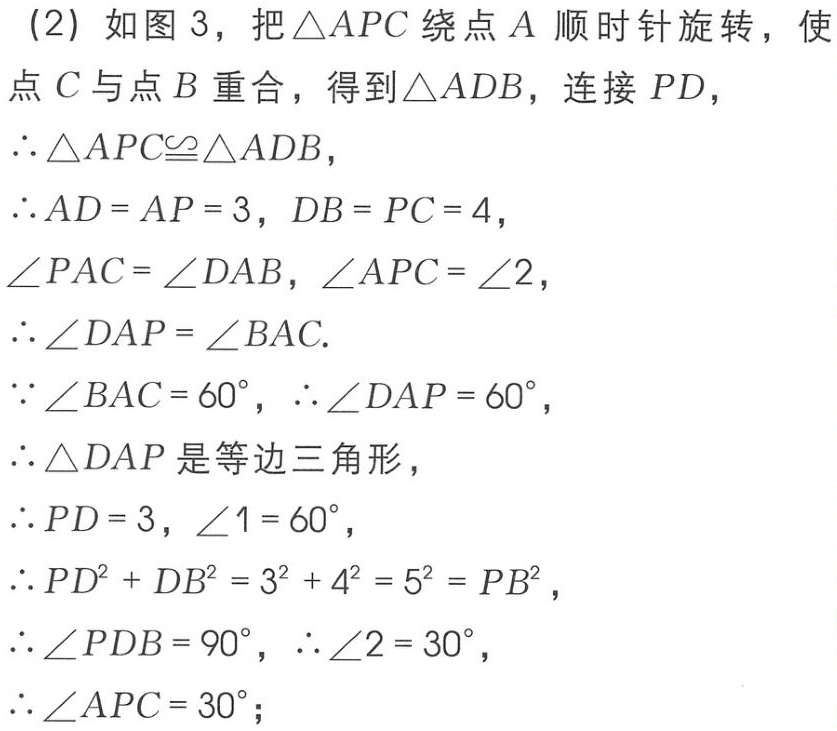
(2) 如图 3，把 \(\triangle APC\) 绕点 \(A\) 顺时针旋转，使点 \(C\) 与点 \(B\) 重合，得到 \(\triangle ADB\)，连接 \(PD\)，
\(\therefore\triangle APC\cong\triangle ADB\)，
\(\therefore AD = AP = 3\)，\(DB = PC = 4\)，
\(\angle PAC=\angle DAB\)，\(\angle APC=\angle 2\)，
\(\therefore\angle DAP=\angle BAC\).
\(\because\angle BAC = 60^{\circ}\)，\(\therefore\angle DAP = 60^{\circ}\)，
\(\therefore\triangle DAP\) 是等边三角形，
\(\therefore PD = 3\)，\(\angle 1 = 60^{\circ}\)，
\(\therefore PD^{2}+DB^{2}=3^{2}+4^{2}=5^{2}=PB^{2}\)，
\(\therefore\angle PDB = 90^{\circ}\)，\(\therefore\angle 2 = 30^{\circ}\)，
\(\therefore\angle APC = 30^{\circ}\)；